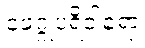
ဖေဂ္ဂုပရိဝါရော